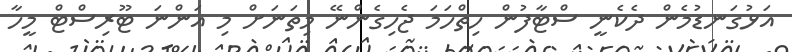
އަޅުގަނޑުމެން ދެކެނީ ސްޓާފުން ހިތްހަމަ ޖެހިގެންނޭ މިތަނަށް މި އަންނަ ޓޫރިސްޓް މީހާ